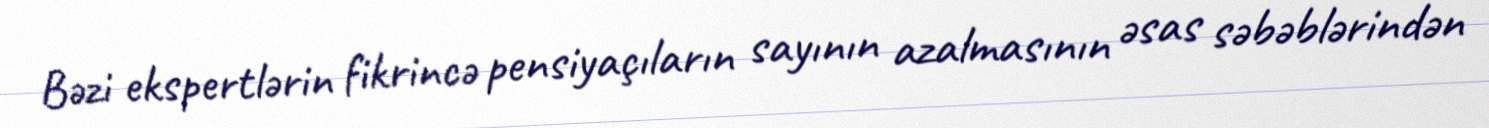
Bəzi ekspertlərin fikrincə pensiyaçıların sayının azalmasının əsas səbəblərindən